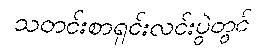
သတင်းစာရှင်းလင်းပွဲတွင်